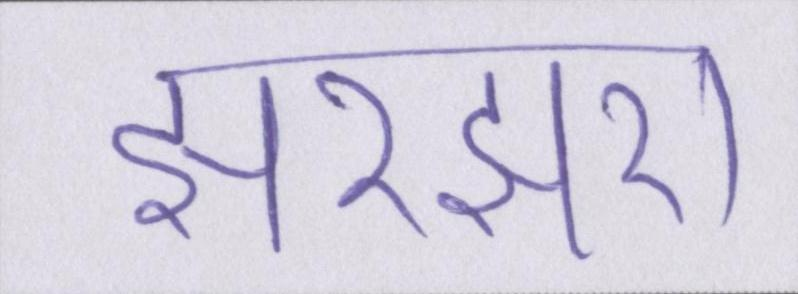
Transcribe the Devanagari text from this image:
झरझरा